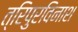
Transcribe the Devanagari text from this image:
त्रिपुरविनाश